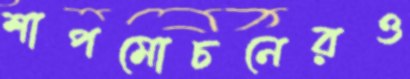
শাপমোচনেরও